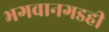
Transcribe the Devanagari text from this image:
भगवानगडही